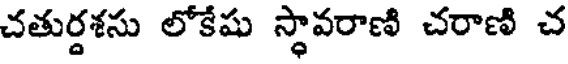
చతుర్దశసు లోకేషు స్థావరాణి చరాణి చ